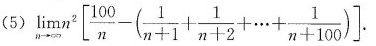
(5) $$\lim _ { n \rightarrow \infty } n ^ { 2 } [ \frac { 1 0 0 } { n } - ( \frac { 1 } { n + 1 } + \frac { 1 } { n + 2 } + … + \frac { 1 } { n + 1 0 0 } ) ]$$.